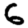
Digit: 6